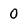
Character: 0